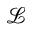
\mathcal { L }